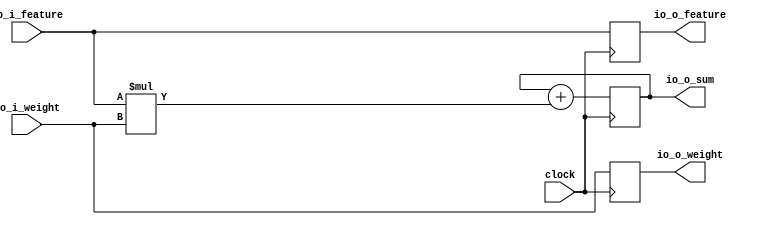
module osPE(
  input         clock,
  input  [7:0]  io_i_feature,
  input  [7:0]  io_i_weight,
  output [7:0]  io_o_feature,
  output [7:0]  io_o_weight,
  output [15:0] io_o_sum
);
`ifdef RANDOMIZE_REG_INIT
  reg [31:0] _RAND_0;
  reg [31:0] _RAND_1;
  reg [31:0] _RAND_2;
`endif // RANDOMIZE_REG_INIT
  reg [7:0] r_feature; // @[osPE.scala 14:22]
  reg [7:0] r_weight; // @[osPE.scala 15:22]
  reg [15:0] r_mac; // @[osPE.scala 16:22]
  wire [15:0] _r_mac_T = $signed(io_i_feature) * $signed(io_i_weight); // @[osPE.scala 20:41]
  assign io_o_feature = r_feature; // @[osPE.scala 22:16]
  assign io_o_weight = r_weight; // @[osPE.scala 23:16]
  assign io_o_sum = r_mac; // @[osPE.scala 24:16]
  always @(posedge clock) begin
    r_feature <= io_i_feature; // @[osPE.scala 18:16]
    r_weight <= io_i_weight; // @[osPE.scala 19:16]
    r_mac <= $signed(r_mac) + $signed(_r_mac_T); // @[osPE.scala 20:25]
  end
// Register and memory initialization
`ifdef RANDOMIZE_GARBAGE_ASSIGN
`define RANDOMIZE
`endif
`ifdef RANDOMIZE_INVALID_ASSIGN
`define RANDOMIZE
`endif
`ifdef RANDOMIZE_REG_INIT
`define RANDOMIZE
`endif
`ifdef RANDOMIZE_MEM_INIT
`define RANDOMIZE
`endif
`ifndef RANDOM
`define RANDOM $random
`endif
`ifdef RANDOMIZE_MEM_INIT
  integer initvar;
`endif
`ifndef SYNTHESIS
`ifdef FIRRTL_BEFORE_INITIAL
`FIRRTL_BEFORE_INITIAL
`endif
initial begin
  `ifdef RANDOMIZE
    `ifdef INIT_RANDOM
      `INIT_RANDOM
    `endif
    `ifndef VERILATOR
      `ifdef RANDOMIZE_DELAY
        #`RANDOMIZE_DELAY begin end
      `else
        #0.002 begin end
      `endif
    `endif
`ifdef RANDOMIZE_REG_INIT
  _RAND_0 = {1{`RANDOM}};
  r_feature = _RAND_0[7:0];
  _RAND_1 = {1{`RANDOM}};
  r_weight = _RAND_1[7:0];
  _RAND_2 = {1{`RANDOM}};
  r_mac = _RAND_2[15:0];
`endif // RANDOMIZE_REG_INIT
  `endif // RANDOMIZE
end // initial
`ifdef FIRRTL_AFTER_INITIAL
`FIRRTL_AFTER_INITIAL
`endif
`endif // SYNTHESIS
endmodule
module osSA(
  input         clock,
  input         reset,
  input  [7:0]  io_i_feature_0,
  input  [7:0]  io_i_feature_1,
  input  [7:0]  io_i_feature_2,
  input  [7:0]  io_i_feature_3,
  input  [7:0]  io_i_feature_4,
  input  [7:0]  io_i_weight_0,
  input  [7:0]  io_i_weight_1,
  input  [7:0]  io_i_weight_2,
  input  [7:0]  io_i_weight_3,
  input  [7:0]  io_i_weight_4,
  output [15:0] io_o_result_0_0,
  output [15:0] io_o_result_0_1,
  output [15:0] io_o_result_0_2,
  output [15:0] io_o_result_0_3,
  output [15:0] io_o_result_0_4,
  output [15:0] io_o_result_1_0,
  output [15:0] io_o_result_1_1,
  output [15:0] io_o_result_1_2,
  output [15:0] io_o_result_1_3,
  output [15:0] io_o_result_1_4,
  output [15:0] io_o_result_2_0,
  output [15:0] io_o_result_2_1,
  output [15:0] io_o_result_2_2,
  output [15:0] io_o_result_2_3,
  output [15:0] io_o_result_2_4,
  output [15:0] io_o_result_3_0,
  output [15:0] io_o_result_3_1,
  output [15:0] io_o_result_3_2,
  output [15:0] io_o_result_3_3,
  output [15:0] io_o_result_3_4,
  output [15:0] io_o_result_4_0,
  output [15:0] io_o_result_4_1,
  output [15:0] io_o_result_4_2,
  output [15:0] io_o_result_4_3,
  output [15:0] io_o_result_4_4
);
  wire  sys_arr_0_0_clock; // @[osSA.scala 14:57]
  wire [7:0] sys_arr_0_0_io_i_feature; // @[osSA.scala 14:57]
  wire [7:0] sys_arr_0_0_io_i_weight; // @[osSA.scala 14:57]
  wire [7:0] sys_arr_0_0_io_o_feature; // @[osSA.scala 14:57]
  wire [7:0] sys_arr_0_0_io_o_weight; // @[osSA.scala 14:57]
  wire [15:0] sys_arr_0_0_io_o_sum; // @[osSA.scala 14:57]
  wire  sys_arr_0_1_clock; // @[osSA.scala 14:57]
  wire [7:0] sys_arr_0_1_io_i_feature; // @[osSA.scala 14:57]
  wire [7:0] sys_arr_0_1_io_i_weight; // @[osSA.scala 14:57]
  wire [7:0] sys_arr_0_1_io_o_feature; // @[osSA.scala 14:57]
  wire [7:0] sys_arr_0_1_io_o_weight; // @[osSA.scala 14:57]
  wire [15:0] sys_arr_0_1_io_o_sum; // @[osSA.scala 14:57]
  wire  sys_arr_0_2_clock; // @[osSA.scala 14:57]
  wire [7:0] sys_arr_0_2_io_i_feature; // @[osSA.scala 14:57]
  wire [7:0] sys_arr_0_2_io_i_weight; // @[osSA.scala 14:57]
  wire [7:0] sys_arr_0_2_io_o_feature; // @[osSA.scala 14:57]
  wire [7:0] sys_arr_0_2_io_o_weight; // @[osSA.scala 14:57]
  wire [15:0] sys_arr_0_2_io_o_sum; // @[osSA.scala 14:57]
  wire  sys_arr_0_3_clock; // @[osSA.scala 14:57]
  wire [7:0] sys_arr_0_3_io_i_feature; // @[osSA.scala 14:57]
  wire [7:0] sys_arr_0_3_io_i_weight; // @[osSA.scala 14:57]
  wire [7:0] sys_arr_0_3_io_o_feature; // @[osSA.scala 14:57]
  wire [7:0] sys_arr_0_3_io_o_weight; // @[osSA.scala 14:57]
  wire [15:0] sys_arr_0_3_io_o_sum; // @[osSA.scala 14:57]
  wire  sys_arr_0_4_clock; // @[osSA.scala 14:57]
  wire [7:0] sys_arr_0_4_io_i_feature; // @[osSA.scala 14:57]
  wire [7:0] sys_arr_0_4_io_i_weight; // @[osSA.scala 14:57]
  wire [7:0] sys_arr_0_4_io_o_feature; // @[osSA.scala 14:57]
  wire [7:0] sys_arr_0_4_io_o_weight; // @[osSA.scala 14:57]
  wire [15:0] sys_arr_0_4_io_o_sum; // @[osSA.scala 14:57]
  wire  sys_arr_1_0_clock; // @[osSA.scala 14:57]
  wire [7:0] sys_arr_1_0_io_i_feature; // @[osSA.scala 14:57]
  wire [7:0] sys_arr_1_0_io_i_weight; // @[osSA.scala 14:57]
  wire [7:0] sys_arr_1_0_io_o_feature; // @[osSA.scala 14:57]
  wire [7:0] sys_arr_1_0_io_o_weight; // @[osSA.scala 14:57]
  wire [15:0] sys_arr_1_0_io_o_sum; // @[osSA.scala 14:57]
  wire  sys_arr_1_1_clock; // @[osSA.scala 14:57]
  wire [7:0] sys_arr_1_1_io_i_feature; // @[osSA.scala 14:57]
  wire [7:0] sys_arr_1_1_io_i_weight; // @[osSA.scala 14:57]
  wire [7:0] sys_arr_1_1_io_o_feature; // @[osSA.scala 14:57]
  wire [7:0] sys_arr_1_1_io_o_weight; // @[osSA.scala 14:57]
  wire [15:0] sys_arr_1_1_io_o_sum; // @[osSA.scala 14:57]
  wire  sys_arr_1_2_clock; // @[osSA.scala 14:57]
  wire [7:0] sys_arr_1_2_io_i_feature; // @[osSA.scala 14:57]
  wire [7:0] sys_arr_1_2_io_i_weight; // @[osSA.scala 14:57]
  wire [7:0] sys_arr_1_2_io_o_feature; // @[osSA.scala 14:57]
  wire [7:0] sys_arr_1_2_io_o_weight; // @[osSA.scala 14:57]
  wire [15:0] sys_arr_1_2_io_o_sum; // @[osSA.scala 14:57]
  wire  sys_arr_1_3_clock; // @[osSA.scala 14:57]
  wire [7:0] sys_arr_1_3_io_i_feature; // @[osSA.scala 14:57]
  wire [7:0] sys_arr_1_3_io_i_weight; // @[osSA.scala 14:57]
  wire [7:0] sys_arr_1_3_io_o_feature; // @[osSA.scala 14:57]
  wire [7:0] sys_arr_1_3_io_o_weight; // @[osSA.scala 14:57]
  wire [15:0] sys_arr_1_3_io_o_sum; // @[osSA.scala 14:57]
  wire  sys_arr_1_4_clock; // @[osSA.scala 14:57]
  wire [7:0] sys_arr_1_4_io_i_feature; // @[osSA.scala 14:57]
  wire [7:0] sys_arr_1_4_io_i_weight; // @[osSA.scala 14:57]
  wire [7:0] sys_arr_1_4_io_o_feature; // @[osSA.scala 14:57]
  wire [7:0] sys_arr_1_4_io_o_weight; // @[osSA.scala 14:57]
  wire [15:0] sys_arr_1_4_io_o_sum; // @[osSA.scala 14:57]
  wire  sys_arr_2_0_clock; // @[osSA.scala 14:57]
  wire [7:0] sys_arr_2_0_io_i_feature; // @[osSA.scala 14:57]
  wire [7:0] sys_arr_2_0_io_i_weight; // @[osSA.scala 14:57]
  wire [7:0] sys_arr_2_0_io_o_feature; // @[osSA.scala 14:57]
  wire [7:0] sys_arr_2_0_io_o_weight; // @[osSA.scala 14:57]
  wire [15:0] sys_arr_2_0_io_o_sum; // @[osSA.scala 14:57]
  wire  sys_arr_2_1_clock; // @[osSA.scala 14:57]
  wire [7:0] sys_arr_2_1_io_i_feature; // @[osSA.scala 14:57]
  wire [7:0] sys_arr_2_1_io_i_weight; // @[osSA.scala 14:57]
  wire [7:0] sys_arr_2_1_io_o_feature; // @[osSA.scala 14:57]
  wire [7:0] sys_arr_2_1_io_o_weight; // @[osSA.scala 14:57]
  wire [15:0] sys_arr_2_1_io_o_sum; // @[osSA.scala 14:57]
  wire  sys_arr_2_2_clock; // @[osSA.scala 14:57]
  wire [7:0] sys_arr_2_2_io_i_feature; // @[osSA.scala 14:57]
  wire [7:0] sys_arr_2_2_io_i_weight; // @[osSA.scala 14:57]
  wire [7:0] sys_arr_2_2_io_o_feature; // @[osSA.scala 14:57]
  wire [7:0] sys_arr_2_2_io_o_weight; // @[osSA.scala 14:57]
  wire [15:0] sys_arr_2_2_io_o_sum; // @[osSA.scala 14:57]
  wire  sys_arr_2_3_clock; // @[osSA.scala 14:57]
  wire [7:0] sys_arr_2_3_io_i_feature; // @[osSA.scala 14:57]
  wire [7:0] sys_arr_2_3_io_i_weight; // @[osSA.scala 14:57]
  wire [7:0] sys_arr_2_3_io_o_feature; // @[osSA.scala 14:57]
  wire [7:0] sys_arr_2_3_io_o_weight; // @[osSA.scala 14:57]
  wire [15:0] sys_arr_2_3_io_o_sum; // @[osSA.scala 14:57]
  wire  sys_arr_2_4_clock; // @[osSA.scala 14:57]
  wire [7:0] sys_arr_2_4_io_i_feature; // @[osSA.scala 14:57]
  wire [7:0] sys_arr_2_4_io_i_weight; // @[osSA.scala 14:57]
  wire [7:0] sys_arr_2_4_io_o_feature; // @[osSA.scala 14:57]
  wire [7:0] sys_arr_2_4_io_o_weight; // @[osSA.scala 14:57]
  wire [15:0] sys_arr_2_4_io_o_sum; // @[osSA.scala 14:57]
  wire  sys_arr_3_0_clock; // @[osSA.scala 14:57]
  wire [7:0] sys_arr_3_0_io_i_feature; // @[osSA.scala 14:57]
  wire [7:0] sys_arr_3_0_io_i_weight; // @[osSA.scala 14:57]
  wire [7:0] sys_arr_3_0_io_o_feature; // @[osSA.scala 14:57]
  wire [7:0] sys_arr_3_0_io_o_weight; // @[osSA.scala 14:57]
  wire [15:0] sys_arr_3_0_io_o_sum; // @[osSA.scala 14:57]
  wire  sys_arr_3_1_clock; // @[osSA.scala 14:57]
  wire [7:0] sys_arr_3_1_io_i_feature; // @[osSA.scala 14:57]
  wire [7:0] sys_arr_3_1_io_i_weight; // @[osSA.scala 14:57]
  wire [7:0] sys_arr_3_1_io_o_feature; // @[osSA.scala 14:57]
  wire [7:0] sys_arr_3_1_io_o_weight; // @[osSA.scala 14:57]
  wire [15:0] sys_arr_3_1_io_o_sum; // @[osSA.scala 14:57]
  wire  sys_arr_3_2_clock; // @[osSA.scala 14:57]
  wire [7:0] sys_arr_3_2_io_i_feature; // @[osSA.scala 14:57]
  wire [7:0] sys_arr_3_2_io_i_weight; // @[osSA.scala 14:57]
  wire [7:0] sys_arr_3_2_io_o_feature; // @[osSA.scala 14:57]
  wire [7:0] sys_arr_3_2_io_o_weight; // @[osSA.scala 14:57]
  wire [15:0] sys_arr_3_2_io_o_sum; // @[osSA.scala 14:57]
  wire  sys_arr_3_3_clock; // @[osSA.scala 14:57]
  wire [7:0] sys_arr_3_3_io_i_feature; // @[osSA.scala 14:57]
  wire [7:0] sys_arr_3_3_io_i_weight; // @[osSA.scala 14:57]
  wire [7:0] sys_arr_3_3_io_o_feature; // @[osSA.scala 14:57]
  wire [7:0] sys_arr_3_3_io_o_weight; // @[osSA.scala 14:57]
  wire [15:0] sys_arr_3_3_io_o_sum; // @[osSA.scala 14:57]
  wire  sys_arr_3_4_clock; // @[osSA.scala 14:57]
  wire [7:0] sys_arr_3_4_io_i_feature; // @[osSA.scala 14:57]
  wire [7:0] sys_arr_3_4_io_i_weight; // @[osSA.scala 14:57]
  wire [7:0] sys_arr_3_4_io_o_feature; // @[osSA.scala 14:57]
  wire [7:0] sys_arr_3_4_io_o_weight; // @[osSA.scala 14:57]
  wire [15:0] sys_arr_3_4_io_o_sum; // @[osSA.scala 14:57]
  wire  sys_arr_4_0_clock; // @[osSA.scala 14:57]
  wire [7:0] sys_arr_4_0_io_i_feature; // @[osSA.scala 14:57]
  wire [7:0] sys_arr_4_0_io_i_weight; // @[osSA.scala 14:57]
  wire [7:0] sys_arr_4_0_io_o_feature; // @[osSA.scala 14:57]
  wire [7:0] sys_arr_4_0_io_o_weight; // @[osSA.scala 14:57]
  wire [15:0] sys_arr_4_0_io_o_sum; // @[osSA.scala 14:57]
  wire  sys_arr_4_1_clock; // @[osSA.scala 14:57]
  wire [7:0] sys_arr_4_1_io_i_feature; // @[osSA.scala 14:57]
  wire [7:0] sys_arr_4_1_io_i_weight; // @[osSA.scala 14:57]
  wire [7:0] sys_arr_4_1_io_o_feature; // @[osSA.scala 14:57]
  wire [7:0] sys_arr_4_1_io_o_weight; // @[osSA.scala 14:57]
  wire [15:0] sys_arr_4_1_io_o_sum; // @[osSA.scala 14:57]
  wire  sys_arr_4_2_clock; // @[osSA.scala 14:57]
  wire [7:0] sys_arr_4_2_io_i_feature; // @[osSA.scala 14:57]
  wire [7:0] sys_arr_4_2_io_i_weight; // @[osSA.scala 14:57]
  wire [7:0] sys_arr_4_2_io_o_feature; // @[osSA.scala 14:57]
  wire [7:0] sys_arr_4_2_io_o_weight; // @[osSA.scala 14:57]
  wire [15:0] sys_arr_4_2_io_o_sum; // @[osSA.scala 14:57]
  wire  sys_arr_4_3_clock; // @[osSA.scala 14:57]
  wire [7:0] sys_arr_4_3_io_i_feature; // @[osSA.scala 14:57]
  wire [7:0] sys_arr_4_3_io_i_weight; // @[osSA.scala 14:57]
  wire [7:0] sys_arr_4_3_io_o_feature; // @[osSA.scala 14:57]
  wire [7:0] sys_arr_4_3_io_o_weight; // @[osSA.scala 14:57]
  wire [15:0] sys_arr_4_3_io_o_sum; // @[osSA.scala 14:57]
  wire  sys_arr_4_4_clock; // @[osSA.scala 14:57]
  wire [7:0] sys_arr_4_4_io_i_feature; // @[osSA.scala 14:57]
  wire [7:0] sys_arr_4_4_io_i_weight; // @[osSA.scala 14:57]
  wire [7:0] sys_arr_4_4_io_o_feature; // @[osSA.scala 14:57]
  wire [7:0] sys_arr_4_4_io_o_weight; // @[osSA.scala 14:57]
  wire [15:0] sys_arr_4_4_io_o_sum; // @[osSA.scala 14:57]
  osPE sys_arr_0_0 ( // @[osSA.scala 14:57]
    .clock(sys_arr_0_0_clock),
    .io_i_feature(sys_arr_0_0_io_i_feature),
    .io_i_weight(sys_arr_0_0_io_i_weight),
    .io_o_feature(sys_arr_0_0_io_o_feature),
    .io_o_weight(sys_arr_0_0_io_o_weight),
    .io_o_sum(sys_arr_0_0_io_o_sum)
  );
  osPE sys_arr_0_1 ( // @[osSA.scala 14:57]
    .clock(sys_arr_0_1_clock),
    .io_i_feature(sys_arr_0_1_io_i_feature),
    .io_i_weight(sys_arr_0_1_io_i_weight),
    .io_o_feature(sys_arr_0_1_io_o_feature),
    .io_o_weight(sys_arr_0_1_io_o_weight),
    .io_o_sum(sys_arr_0_1_io_o_sum)
  );
  osPE sys_arr_0_2 ( // @[osSA.scala 14:57]
    .clock(sys_arr_0_2_clock),
    .io_i_feature(sys_arr_0_2_io_i_feature),
    .io_i_weight(sys_arr_0_2_io_i_weight),
    .io_o_feature(sys_arr_0_2_io_o_feature),
    .io_o_weight(sys_arr_0_2_io_o_weight),
    .io_o_sum(sys_arr_0_2_io_o_sum)
  );
  osPE sys_arr_0_3 ( // @[osSA.scala 14:57]
    .clock(sys_arr_0_3_clock),
    .io_i_feature(sys_arr_0_3_io_i_feature),
    .io_i_weight(sys_arr_0_3_io_i_weight),
    .io_o_feature(sys_arr_0_3_io_o_feature),
    .io_o_weight(sys_arr_0_3_io_o_weight),
    .io_o_sum(sys_arr_0_3_io_o_sum)
  );
  osPE sys_arr_0_4 ( // @[osSA.scala 14:57]
    .clock(sys_arr_0_4_clock),
    .io_i_feature(sys_arr_0_4_io_i_feature),
    .io_i_weight(sys_arr_0_4_io_i_weight),
    .io_o_feature(sys_arr_0_4_io_o_feature),
    .io_o_weight(sys_arr_0_4_io_o_weight),
    .io_o_sum(sys_arr_0_4_io_o_sum)
  );
  osPE sys_arr_1_0 ( // @[osSA.scala 14:57]
    .clock(sys_arr_1_0_clock),
    .io_i_feature(sys_arr_1_0_io_i_feature),
    .io_i_weight(sys_arr_1_0_io_i_weight),
    .io_o_feature(sys_arr_1_0_io_o_feature),
    .io_o_weight(sys_arr_1_0_io_o_weight),
    .io_o_sum(sys_arr_1_0_io_o_sum)
  );
  osPE sys_arr_1_1 ( // @[osSA.scala 14:57]
    .clock(sys_arr_1_1_clock),
    .io_i_feature(sys_arr_1_1_io_i_feature),
    .io_i_weight(sys_arr_1_1_io_i_weight),
    .io_o_feature(sys_arr_1_1_io_o_feature),
    .io_o_weight(sys_arr_1_1_io_o_weight),
    .io_o_sum(sys_arr_1_1_io_o_sum)
  );
  osPE sys_arr_1_2 ( // @[osSA.scala 14:57]
    .clock(sys_arr_1_2_clock),
    .io_i_feature(sys_arr_1_2_io_i_feature),
    .io_i_weight(sys_arr_1_2_io_i_weight),
    .io_o_feature(sys_arr_1_2_io_o_feature),
    .io_o_weight(sys_arr_1_2_io_o_weight),
    .io_o_sum(sys_arr_1_2_io_o_sum)
  );
  osPE sys_arr_1_3 ( // @[osSA.scala 14:57]
    .clock(sys_arr_1_3_clock),
    .io_i_feature(sys_arr_1_3_io_i_feature),
    .io_i_weight(sys_arr_1_3_io_i_weight),
    .io_o_feature(sys_arr_1_3_io_o_feature),
    .io_o_weight(sys_arr_1_3_io_o_weight),
    .io_o_sum(sys_arr_1_3_io_o_sum)
  );
  osPE sys_arr_1_4 ( // @[osSA.scala 14:57]
    .clock(sys_arr_1_4_clock),
    .io_i_feature(sys_arr_1_4_io_i_feature),
    .io_i_weight(sys_arr_1_4_io_i_weight),
    .io_o_feature(sys_arr_1_4_io_o_feature),
    .io_o_weight(sys_arr_1_4_io_o_weight),
    .io_o_sum(sys_arr_1_4_io_o_sum)
  );
  osPE sys_arr_2_0 ( // @[osSA.scala 14:57]
    .clock(sys_arr_2_0_clock),
    .io_i_feature(sys_arr_2_0_io_i_feature),
    .io_i_weight(sys_arr_2_0_io_i_weight),
    .io_o_feature(sys_arr_2_0_io_o_feature),
    .io_o_weight(sys_arr_2_0_io_o_weight),
    .io_o_sum(sys_arr_2_0_io_o_sum)
  );
  osPE sys_arr_2_1 ( // @[osSA.scala 14:57]
    .clock(sys_arr_2_1_clock),
    .io_i_feature(sys_arr_2_1_io_i_feature),
    .io_i_weight(sys_arr_2_1_io_i_weight),
    .io_o_feature(sys_arr_2_1_io_o_feature),
    .io_o_weight(sys_arr_2_1_io_o_weight),
    .io_o_sum(sys_arr_2_1_io_o_sum)
  );
  osPE sys_arr_2_2 ( // @[osSA.scala 14:57]
    .clock(sys_arr_2_2_clock),
    .io_i_feature(sys_arr_2_2_io_i_feature),
    .io_i_weight(sys_arr_2_2_io_i_weight),
    .io_o_feature(sys_arr_2_2_io_o_feature),
    .io_o_weight(sys_arr_2_2_io_o_weight),
    .io_o_sum(sys_arr_2_2_io_o_sum)
  );
  osPE sys_arr_2_3 ( // @[osSA.scala 14:57]
    .clock(sys_arr_2_3_clock),
    .io_i_feature(sys_arr_2_3_io_i_feature),
    .io_i_weight(sys_arr_2_3_io_i_weight),
    .io_o_feature(sys_arr_2_3_io_o_feature),
    .io_o_weight(sys_arr_2_3_io_o_weight),
    .io_o_sum(sys_arr_2_3_io_o_sum)
  );
  osPE sys_arr_2_4 ( // @[osSA.scala 14:57]
    .clock(sys_arr_2_4_clock),
    .io_i_feature(sys_arr_2_4_io_i_feature),
    .io_i_weight(sys_arr_2_4_io_i_weight),
    .io_o_feature(sys_arr_2_4_io_o_feature),
    .io_o_weight(sys_arr_2_4_io_o_weight),
    .io_o_sum(sys_arr_2_4_io_o_sum)
  );
  osPE sys_arr_3_0 ( // @[osSA.scala 14:57]
    .clock(sys_arr_3_0_clock),
    .io_i_feature(sys_arr_3_0_io_i_feature),
    .io_i_weight(sys_arr_3_0_io_i_weight),
    .io_o_feature(sys_arr_3_0_io_o_feature),
    .io_o_weight(sys_arr_3_0_io_o_weight),
    .io_o_sum(sys_arr_3_0_io_o_sum)
  );
  osPE sys_arr_3_1 ( // @[osSA.scala 14:57]
    .clock(sys_arr_3_1_clock),
    .io_i_feature(sys_arr_3_1_io_i_feature),
    .io_i_weight(sys_arr_3_1_io_i_weight),
    .io_o_feature(sys_arr_3_1_io_o_feature),
    .io_o_weight(sys_arr_3_1_io_o_weight),
    .io_o_sum(sys_arr_3_1_io_o_sum)
  );
  osPE sys_arr_3_2 ( // @[osSA.scala 14:57]
    .clock(sys_arr_3_2_clock),
    .io_i_feature(sys_arr_3_2_io_i_feature),
    .io_i_weight(sys_arr_3_2_io_i_weight),
    .io_o_feature(sys_arr_3_2_io_o_feature),
    .io_o_weight(sys_arr_3_2_io_o_weight),
    .io_o_sum(sys_arr_3_2_io_o_sum)
  );
  osPE sys_arr_3_3 ( // @[osSA.scala 14:57]
    .clock(sys_arr_3_3_clock),
    .io_i_feature(sys_arr_3_3_io_i_feature),
    .io_i_weight(sys_arr_3_3_io_i_weight),
    .io_o_feature(sys_arr_3_3_io_o_feature),
    .io_o_weight(sys_arr_3_3_io_o_weight),
    .io_o_sum(sys_arr_3_3_io_o_sum)
  );
  osPE sys_arr_3_4 ( // @[osSA.scala 14:57]
    .clock(sys_arr_3_4_clock),
    .io_i_feature(sys_arr_3_4_io_i_feature),
    .io_i_weight(sys_arr_3_4_io_i_weight),
    .io_o_feature(sys_arr_3_4_io_o_feature),
    .io_o_weight(sys_arr_3_4_io_o_weight),
    .io_o_sum(sys_arr_3_4_io_o_sum)
  );
  osPE sys_arr_4_0 ( // @[osSA.scala 14:57]
    .clock(sys_arr_4_0_clock),
    .io_i_feature(sys_arr_4_0_io_i_feature),
    .io_i_weight(sys_arr_4_0_io_i_weight),
    .io_o_feature(sys_arr_4_0_io_o_feature),
    .io_o_weight(sys_arr_4_0_io_o_weight),
    .io_o_sum(sys_arr_4_0_io_o_sum)
  );
  osPE sys_arr_4_1 ( // @[osSA.scala 14:57]
    .clock(sys_arr_4_1_clock),
    .io_i_feature(sys_arr_4_1_io_i_feature),
    .io_i_weight(sys_arr_4_1_io_i_weight),
    .io_o_feature(sys_arr_4_1_io_o_feature),
    .io_o_weight(sys_arr_4_1_io_o_weight),
    .io_o_sum(sys_arr_4_1_io_o_sum)
  );
  osPE sys_arr_4_2 ( // @[osSA.scala 14:57]
    .clock(sys_arr_4_2_clock),
    .io_i_feature(sys_arr_4_2_io_i_feature),
    .io_i_weight(sys_arr_4_2_io_i_weight),
    .io_o_feature(sys_arr_4_2_io_o_feature),
    .io_o_weight(sys_arr_4_2_io_o_weight),
    .io_o_sum(sys_arr_4_2_io_o_sum)
  );
  osPE sys_arr_4_3 ( // @[osSA.scala 14:57]
    .clock(sys_arr_4_3_clock),
    .io_i_feature(sys_arr_4_3_io_i_feature),
    .io_i_weight(sys_arr_4_3_io_i_weight),
    .io_o_feature(sys_arr_4_3_io_o_feature),
    .io_o_weight(sys_arr_4_3_io_o_weight),
    .io_o_sum(sys_arr_4_3_io_o_sum)
  );
  osPE sys_arr_4_4 ( // @[osSA.scala 14:57]
    .clock(sys_arr_4_4_clock),
    .io_i_feature(sys_arr_4_4_io_i_feature),
    .io_i_weight(sys_arr_4_4_io_i_weight),
    .io_o_feature(sys_arr_4_4_io_o_feature),
    .io_o_weight(sys_arr_4_4_io_o_weight),
    .io_o_sum(sys_arr_4_4_io_o_sum)
  );
  assign io_o_result_0_0 = sys_arr_0_0_io_o_sum; // @[osSA.scala 28:23]
  assign io_o_result_0_1 = sys_arr_0_1_io_o_sum; // @[osSA.scala 28:23]
  assign io_o_result_0_2 = sys_arr_0_2_io_o_sum; // @[osSA.scala 28:23]
  assign io_o_result_0_3 = sys_arr_0_3_io_o_sum; // @[osSA.scala 28:23]
  assign io_o_result_0_4 = sys_arr_0_4_io_o_sum; // @[osSA.scala 28:23]
  assign io_o_result_1_0 = sys_arr_1_0_io_o_sum; // @[osSA.scala 28:23]
  assign io_o_result_1_1 = sys_arr_1_1_io_o_sum; // @[osSA.scala 28:23]
  assign io_o_result_1_2 = sys_arr_1_2_io_o_sum; // @[osSA.scala 28:23]
  assign io_o_result_1_3 = sys_arr_1_3_io_o_sum; // @[osSA.scala 28:23]
  assign io_o_result_1_4 = sys_arr_1_4_io_o_sum; // @[osSA.scala 28:23]
  assign io_o_result_2_0 = sys_arr_2_0_io_o_sum; // @[osSA.scala 28:23]
  assign io_o_result_2_1 = sys_arr_2_1_io_o_sum; // @[osSA.scala 28:23]
  assign io_o_result_2_2 = sys_arr_2_2_io_o_sum; // @[osSA.scala 28:23]
  assign io_o_result_2_3 = sys_arr_2_3_io_o_sum; // @[osSA.scala 28:23]
  assign io_o_result_2_4 = sys_arr_2_4_io_o_sum; // @[osSA.scala 28:23]
  assign io_o_result_3_0 = sys_arr_3_0_io_o_sum; // @[osSA.scala 28:23]
  assign io_o_result_3_1 = sys_arr_3_1_io_o_sum; // @[osSA.scala 28:23]
  assign io_o_result_3_2 = sys_arr_3_2_io_o_sum; // @[osSA.scala 28:23]
  assign io_o_result_3_3 = sys_arr_3_3_io_o_sum; // @[osSA.scala 28:23]
  assign io_o_result_3_4 = sys_arr_3_4_io_o_sum; // @[osSA.scala 28:23]
  assign io_o_result_4_0 = sys_arr_4_0_io_o_sum; // @[osSA.scala 28:23]
  assign io_o_result_4_1 = sys_arr_4_1_io_o_sum; // @[osSA.scala 28:23]
  assign io_o_result_4_2 = sys_arr_4_2_io_o_sum; // @[osSA.scala 28:23]
  assign io_o_result_4_3 = sys_arr_4_3_io_o_sum; // @[osSA.scala 28:23]
  assign io_o_result_4_4 = sys_arr_4_4_io_o_sum; // @[osSA.scala 28:23]
  assign sys_arr_0_0_clock = clock;
  assign sys_arr_0_0_io_i_feature = io_i_feature_0; // @[osSA.scala 24:36]
  assign sys_arr_0_0_io_i_weight = io_i_weight_0; // @[osSA.scala 19:40]
  assign sys_arr_0_1_clock = clock;
  assign sys_arr_0_1_io_i_feature = sys_arr_0_0_io_o_feature; // @[osSA.scala 26:40]
  assign sys_arr_0_1_io_i_weight = io_i_weight_1; // @[osSA.scala 19:40]
  assign sys_arr_0_2_clock = clock;
  assign sys_arr_0_2_io_i_feature = sys_arr_0_1_io_o_feature; // @[osSA.scala 26:40]
  assign sys_arr_0_2_io_i_weight = io_i_weight_2; // @[osSA.scala 19:40]
  assign sys_arr_0_3_clock = clock;
  assign sys_arr_0_3_io_i_feature = sys_arr_0_2_io_o_feature; // @[osSA.scala 26:40]
  assign sys_arr_0_3_io_i_weight = io_i_weight_3; // @[osSA.scala 19:40]
  assign sys_arr_0_4_clock = clock;
  assign sys_arr_0_4_io_i_feature = sys_arr_0_3_io_o_feature; // @[osSA.scala 26:40]
  assign sys_arr_0_4_io_i_weight = io_i_weight_4; // @[osSA.scala 19:40]
  assign sys_arr_1_0_clock = clock;
  assign sys_arr_1_0_io_i_feature = io_i_feature_1; // @[osSA.scala 24:36]
  assign sys_arr_1_0_io_i_weight = sys_arr_0_0_io_o_weight; // @[osSA.scala 21:40]
  assign sys_arr_1_1_clock = clock;
  assign sys_arr_1_1_io_i_feature = sys_arr_1_0_io_o_feature; // @[osSA.scala 26:40]
  assign sys_arr_1_1_io_i_weight = sys_arr_0_1_io_o_weight; // @[osSA.scala 21:40]
  assign sys_arr_1_2_clock = clock;
  assign sys_arr_1_2_io_i_feature = sys_arr_1_1_io_o_feature; // @[osSA.scala 26:40]
  assign sys_arr_1_2_io_i_weight = sys_arr_0_2_io_o_weight; // @[osSA.scala 21:40]
  assign sys_arr_1_3_clock = clock;
  assign sys_arr_1_3_io_i_feature = sys_arr_1_2_io_o_feature; // @[osSA.scala 26:40]
  assign sys_arr_1_3_io_i_weight = sys_arr_0_3_io_o_weight; // @[osSA.scala 21:40]
  assign sys_arr_1_4_clock = clock;
  assign sys_arr_1_4_io_i_feature = sys_arr_1_3_io_o_feature; // @[osSA.scala 26:40]
  assign sys_arr_1_4_io_i_weight = sys_arr_0_4_io_o_weight; // @[osSA.scala 21:40]
  assign sys_arr_2_0_clock = clock;
  assign sys_arr_2_0_io_i_feature = io_i_feature_2; // @[osSA.scala 24:36]
  assign sys_arr_2_0_io_i_weight = sys_arr_1_0_io_o_weight; // @[osSA.scala 21:40]
  assign sys_arr_2_1_clock = clock;
  assign sys_arr_2_1_io_i_feature = sys_arr_2_0_io_o_feature; // @[osSA.scala 26:40]
  assign sys_arr_2_1_io_i_weight = sys_arr_1_1_io_o_weight; // @[osSA.scala 21:40]
  assign sys_arr_2_2_clock = clock;
  assign sys_arr_2_2_io_i_feature = sys_arr_2_1_io_o_feature; // @[osSA.scala 26:40]
  assign sys_arr_2_2_io_i_weight = sys_arr_1_2_io_o_weight; // @[osSA.scala 21:40]
  assign sys_arr_2_3_clock = clock;
  assign sys_arr_2_3_io_i_feature = sys_arr_2_2_io_o_feature; // @[osSA.scala 26:40]
  assign sys_arr_2_3_io_i_weight = sys_arr_1_3_io_o_weight; // @[osSA.scala 21:40]
  assign sys_arr_2_4_clock = clock;
  assign sys_arr_2_4_io_i_feature = sys_arr_2_3_io_o_feature; // @[osSA.scala 26:40]
  assign sys_arr_2_4_io_i_weight = sys_arr_1_4_io_o_weight; // @[osSA.scala 21:40]
  assign sys_arr_3_0_clock = clock;
  assign sys_arr_3_0_io_i_feature = io_i_feature_3; // @[osSA.scala 24:36]
  assign sys_arr_3_0_io_i_weight = sys_arr_2_0_io_o_weight; // @[osSA.scala 21:40]
  assign sys_arr_3_1_clock = clock;
  assign sys_arr_3_1_io_i_feature = sys_arr_3_0_io_o_feature; // @[osSA.scala 26:40]
  assign sys_arr_3_1_io_i_weight = sys_arr_2_1_io_o_weight; // @[osSA.scala 21:40]
  assign sys_arr_3_2_clock = clock;
  assign sys_arr_3_2_io_i_feature = sys_arr_3_1_io_o_feature; // @[osSA.scala 26:40]
  assign sys_arr_3_2_io_i_weight = sys_arr_2_2_io_o_weight; // @[osSA.scala 21:40]
  assign sys_arr_3_3_clock = clock;
  assign sys_arr_3_3_io_i_feature = sys_arr_3_2_io_o_feature; // @[osSA.scala 26:40]
  assign sys_arr_3_3_io_i_weight = sys_arr_2_3_io_o_weight; // @[osSA.scala 21:40]
  assign sys_arr_3_4_clock = clock;
  assign sys_arr_3_4_io_i_feature = sys_arr_3_3_io_o_feature; // @[osSA.scala 26:40]
  assign sys_arr_3_4_io_i_weight = sys_arr_2_4_io_o_weight; // @[osSA.scala 21:40]
  assign sys_arr_4_0_clock = clock;
  assign sys_arr_4_0_io_i_feature = io_i_feature_4; // @[osSA.scala 24:36]
  assign sys_arr_4_0_io_i_weight = sys_arr_3_0_io_o_weight; // @[osSA.scala 21:40]
  assign sys_arr_4_1_clock = clock;
  assign sys_arr_4_1_io_i_feature = sys_arr_4_0_io_o_feature; // @[osSA.scala 26:40]
  assign sys_arr_4_1_io_i_weight = sys_arr_3_1_io_o_weight; // @[osSA.scala 21:40]
  assign sys_arr_4_2_clock = clock;
  assign sys_arr_4_2_io_i_feature = sys_arr_4_1_io_o_feature; // @[osSA.scala 26:40]
  assign sys_arr_4_2_io_i_weight = sys_arr_3_2_io_o_weight; // @[osSA.scala 21:40]
  assign sys_arr_4_3_clock = clock;
  assign sys_arr_4_3_io_i_feature = sys_arr_4_2_io_o_feature; // @[osSA.scala 26:40]
  assign sys_arr_4_3_io_i_weight = sys_arr_3_3_io_o_weight; // @[osSA.scala 21:40]
  assign sys_arr_4_4_clock = clock;
  assign sys_arr_4_4_io_i_feature = sys_arr_4_3_io_o_feature; // @[osSA.scala 26:40]
  assign sys_arr_4_4_io_i_weight = sys_arr_3_4_io_o_weight; // @[osSA.scala 21:40]
endmodule